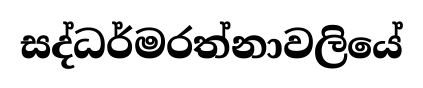
සද්ධර්මරත්නාවලියේ